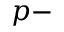
p -